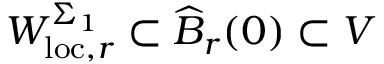
W _ { \mathrm { l o c } , r } ^ { \Sigma _ { 1 } } \subset \widehat { B } _ { r } ( 0 ) \subset V